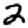
Digit: 2